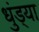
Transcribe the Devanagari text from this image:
धुंड्या